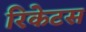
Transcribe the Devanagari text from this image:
रिकेटस